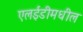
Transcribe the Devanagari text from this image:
एलईडीमधील